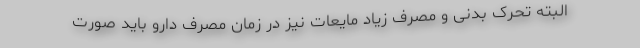
البته تحرک بدنی و مصرف زیاد مایعات نیز در زمان مصرف دارو باید صورت